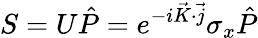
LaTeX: S=U\hat{P}=e^{-i\vec{K}\cdot\vec{j}}\sigma_{x}\hat{P}